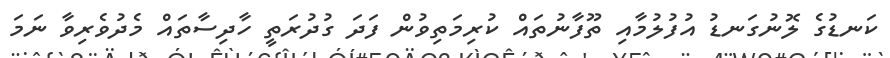
ކަނޑުގެ ލޮނުގަނޑު އުފުލުމާއި ތޫފާނުތައް ކުރިމަތިވުން ފަދަ ގުދުރަތީ ހާދިސާތައް މެދުވެރިވާ ނަމަ